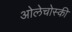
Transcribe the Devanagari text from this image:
ओलेचोस्की